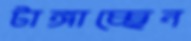
টাঙ্গাচ্ছেন